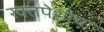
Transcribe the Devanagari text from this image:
रक्तपेशीचा